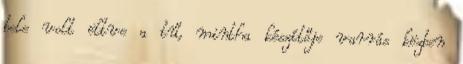
bele volt öltve a tű, mintha készítője varrás közben